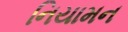
નિયામન